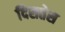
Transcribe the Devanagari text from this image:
दिसतेस